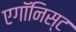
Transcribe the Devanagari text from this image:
एगॉनिस्ट